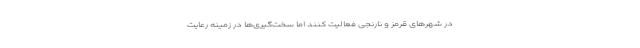
در شهرهای قرمز و نارنجی فعالیت کنند اما سخت‌گیری‌ها در زمینه رعایت